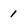
Character: 1